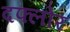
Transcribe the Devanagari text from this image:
दफ्लोर